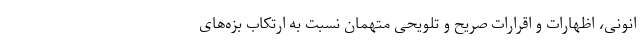
انونی، اظهارات و اقرارات صریح و تلویحی متهمان نسبت به ارتکاب بزه‌های